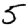
Digit: 5